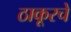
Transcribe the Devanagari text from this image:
ठाकूरचे